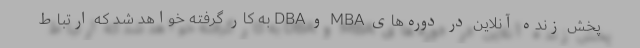
پخش زنده آنلاین در دوره‌های MBA و DBA به کار گرفته خواهد شد که ارتباط